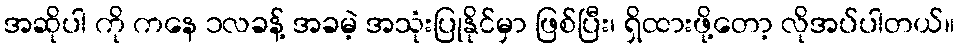
အဆိုပါ ကို ကနေ ၁လခန့် အခမဲ့ အသုံးပြုနိုင်မှာ ဖြစ်ပြီး၊ ရှိထားဖို့တော့ လိုအပ်ပါတယ်။